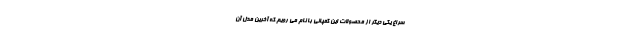
سراغ یکی دیگر از محصولات این کمپانی با نام می رویم که آخرین مدل آن